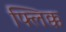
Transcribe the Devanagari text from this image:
फ्लिक्क